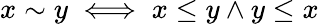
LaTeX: x\sim y\iff x\leq y\land y\leq x